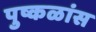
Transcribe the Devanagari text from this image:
पुष्कळांस